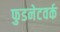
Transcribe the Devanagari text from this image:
फुडनेटवर्क